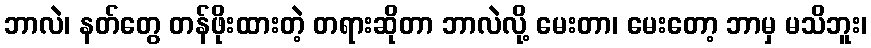
ဘာလဲ၊ နတ်တွေ တန်ဖိုးထားတဲ့ တရားဆိုတာ ဘာလဲလို့ မေးတာ၊ မေးတော့ ဘာမှ မသိဘူး၊